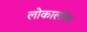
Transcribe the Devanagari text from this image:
लोकालोक